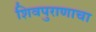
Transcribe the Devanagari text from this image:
शिवपुराणाचा